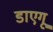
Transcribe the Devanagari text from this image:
डाएगू